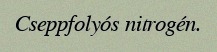
Cseppfolyós nitrogén.